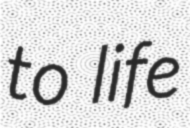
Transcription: to life